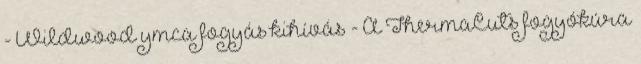
- Wildwood ymca fogyás kihívás - A ThermaCuts fogyókúra